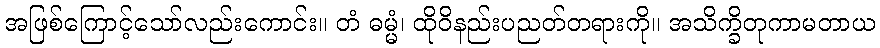
အဖြစ်ကြောင့်သော်လည်းကောင်း။ တံ ဓမ္မံ၊ ထိုဝိနည်းပညတ်တရားကို။ အသိက္ခိတုကာမတာယ